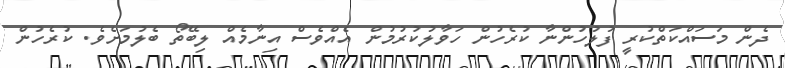
ދެން މަސައްކަތްކުރީ ފުލުހުންނާ ކުރެހުން ހަވާލުކުރުމުން އެއްވެސް އިނާމެއް ލިބޭތޯ ބެލުމަށެވެ. ކުރެހުން